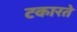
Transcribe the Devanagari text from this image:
टकारते